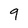
Character: 9